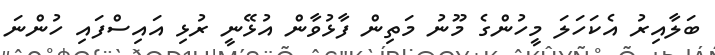
ބަލާއިރު އެކަހަލަ މީހުންގެ މޫނު މަތިން ފާޅުވާން އުޅޭނީ ރުޅި އައިސްފައި ހުންނަ